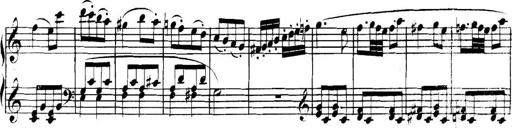
Title: Collected Piano Sonatas
Composer: Muzio Clementi